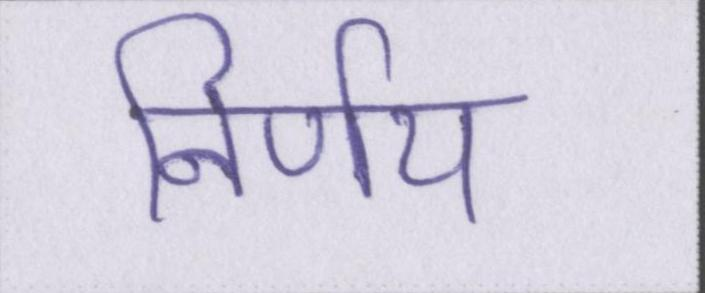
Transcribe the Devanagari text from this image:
निर्णय